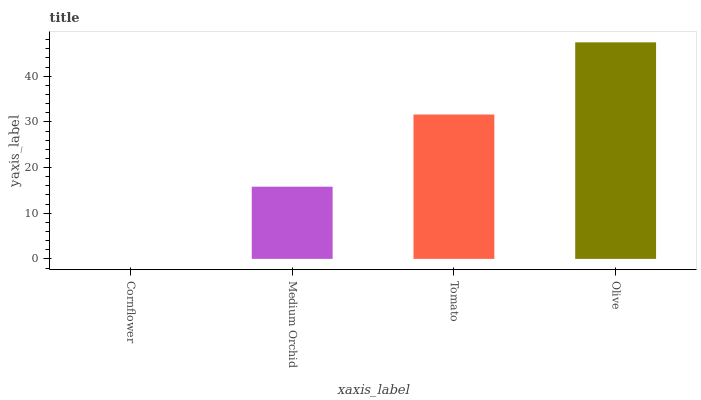
| xaxis_label | bars |
 | --- | --- |
 | Cornflower | 0 |
 | Medium Orchid | 15.8 |
 | Tomato | 31.6 |
 | Olive | 47.4 |